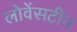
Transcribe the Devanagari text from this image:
लोवेंसटीन